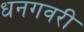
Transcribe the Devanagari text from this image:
धनगवरी